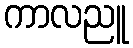
ကာလညူ